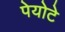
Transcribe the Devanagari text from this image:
पेयोटे